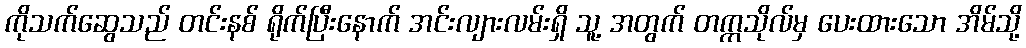
ကိုသက်ဆွေသည် တင်းနစ် ရိုက်ပြီးနောက် အင်းလျားလမ်းရှိ သူ့ အတွက် တက္ကသိုလ်မှ ပေးထားသော အိမ်သို့